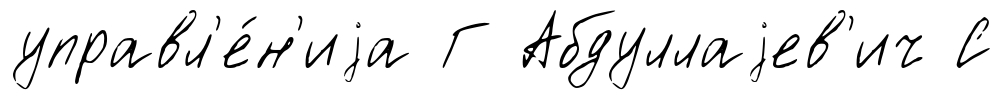
управл'е́н'иjа Г Абдуллаjев'ич С